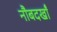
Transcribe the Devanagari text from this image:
नौबदखाँ